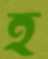
হ